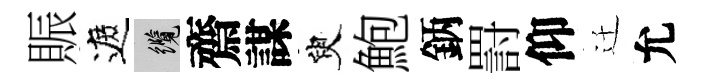
賑遮纜齋謀臾鮑鈵罸仰迁允